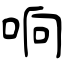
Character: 响